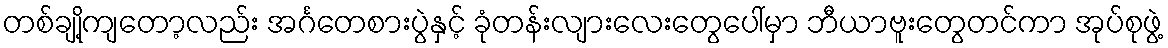
တစ်ချို့ကျတော့လည်း အင်္ဂတေစားပွဲနှင့် ခုံတန်းလျားလေးတွေပေါ်မှာ ဘီယာဗူးတွေတင်ကာ အုပ်စုဖွဲ့